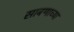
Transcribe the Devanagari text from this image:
साबणाच्या